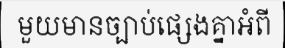
មួយមានច្បាប់ផ្សេងគ្នាអំពី